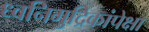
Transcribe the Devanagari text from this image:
ध्वनिमुद्रिकांपेक्षा